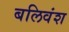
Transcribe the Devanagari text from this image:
बलिवंश